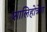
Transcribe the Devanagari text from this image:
शालिहोत्रेण